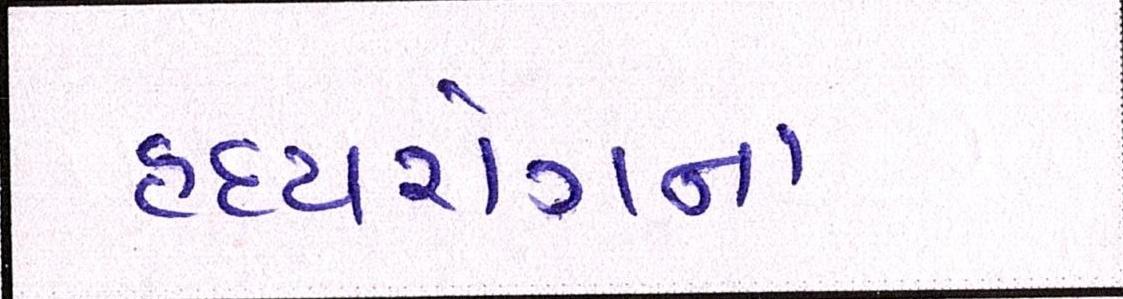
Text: હૃદયરોગના